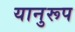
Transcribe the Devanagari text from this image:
यानुरूप